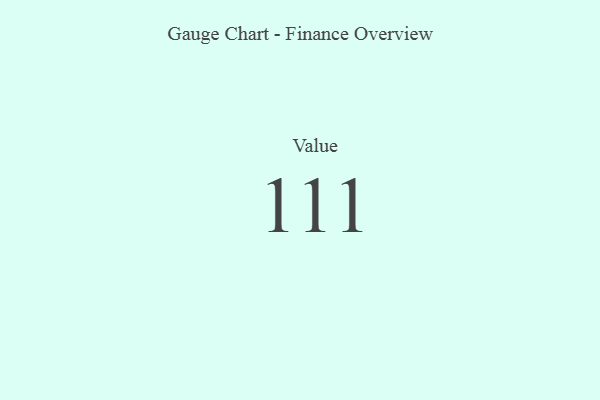
{"axis": {"x": "Metric", "y": "Value"}, "legend": [""], "data": [{"x": "Value", "y": 111, "type": ""}]}